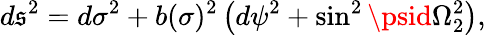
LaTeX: d\mathfrak{s}^{2}=d\sigma^{2}+b(\sigma)^{2}\left(d\psi^{2}+\sin^{2}\psid\Omega_{2}^{2}\right),